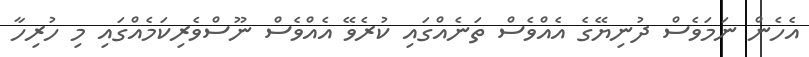
އެހެން ނަމަވެސް ދުނިޔޭގެ އެއްވެސް ތަނެއްގައި ކުރެވޭ އެއްވެސް ނޫސްވެރިކަމެއްގައި މި ހުރިހާ